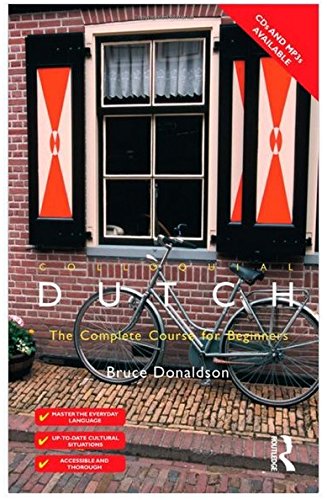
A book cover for Colloquial Dutch: A Complete Language Course (Colloquial Series); Bruce Donaldson; Reference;